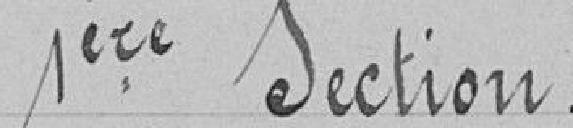
1ère section.